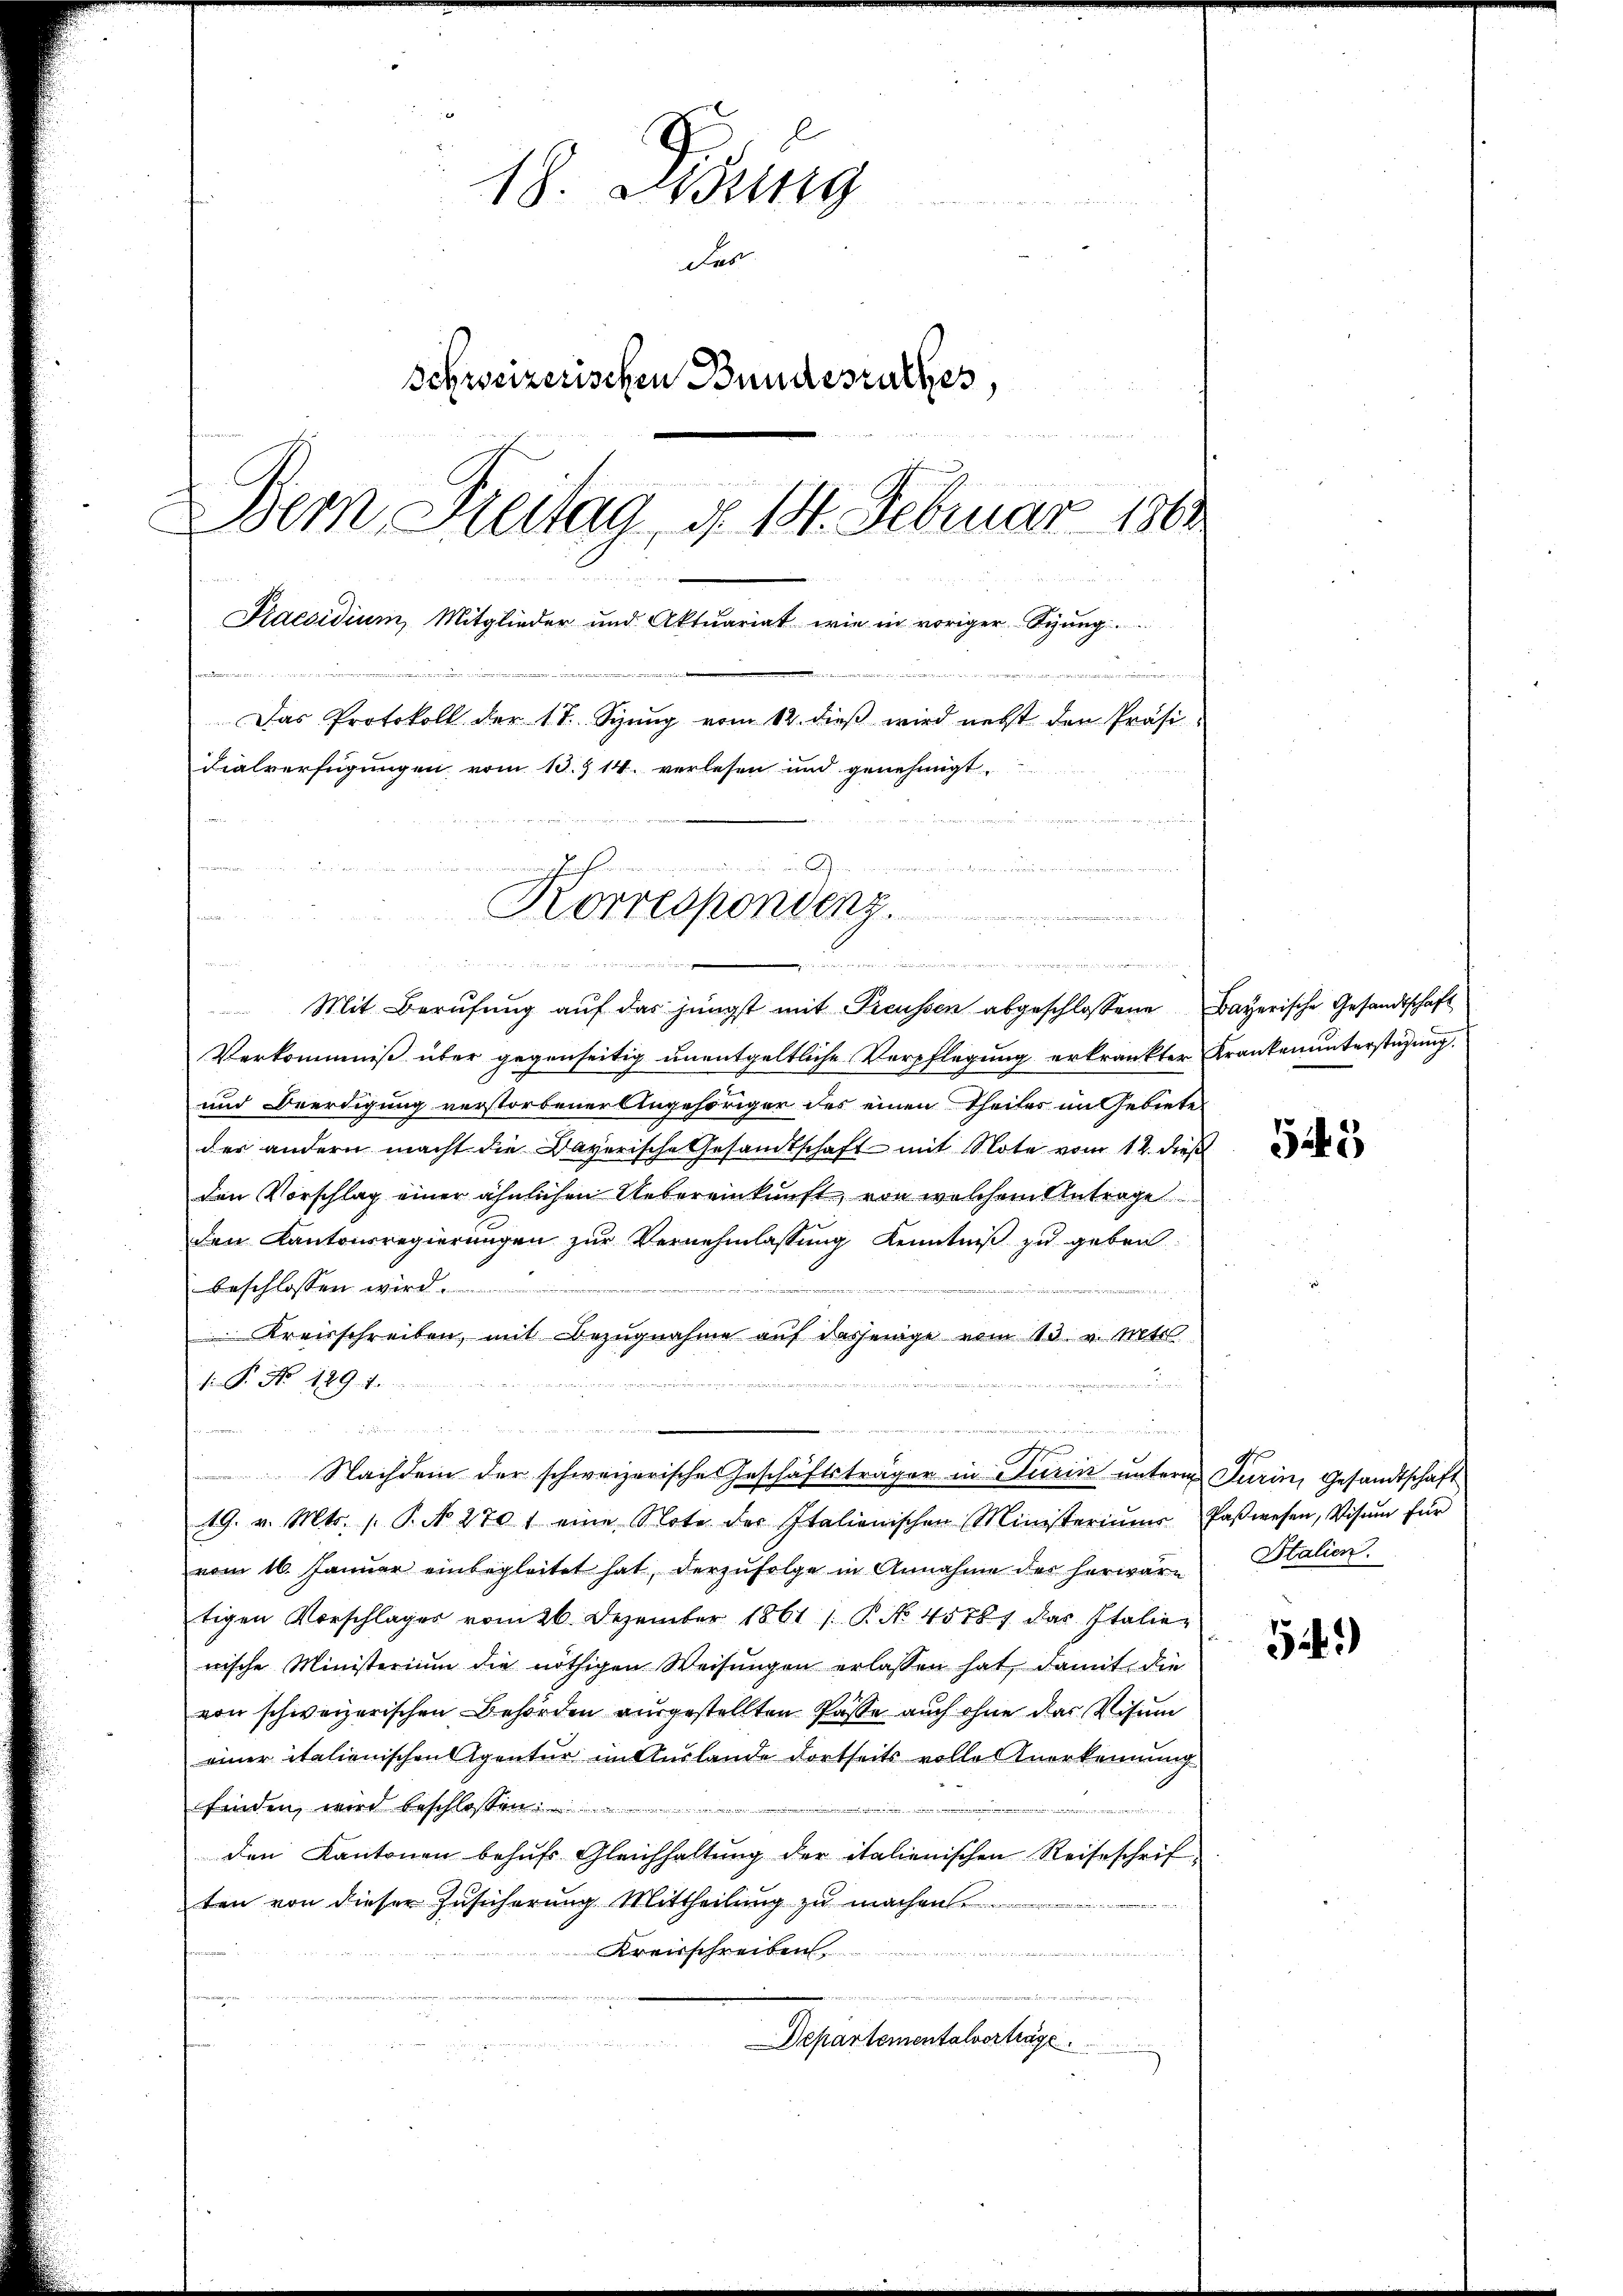
18. Lessing

Fes
Schweizerischen Bundesrathes,
u
Bern Freitag d. 18. Februar 1800
Praesidium, Mitglieder und Aktuariat wie in voriger Sigung.
Buri er der
u
Das Protokoll der 17. Spung vom 12. dieß wird nebst der Präsidialverfügungen vom 13. 714. verlesen und genehmigt.
n

Mit Berufung auf das jüngst mit Freussen abgeschlossene Bayerische Gesandtschaft
Verkommniß über gegenseitig unentgeltliche Verpflegung erkrankter Krankenunterstüzung.
und Beerdigung verstorbener Angehöriger des einen Theiles im Gebiete
der andern macht die Daverische Gesandtschaft mit Note vom 14. dieß
den Vorschlag einer ähnlichen Uebereinkunft, von welchem Antrage
den Kantonsregierungen zur Vernehmlassung Kenntniß zu geben
beschlossen wird.
Kreisschreiben, mit Bezugnahme auf dasjenige vom 13. v. Mts.
d
s P. Nr. 429. 1.
u

Nachdem der schweizerische Geschäftsträger in Turin unterm Turin, Gesandtschaft
19. v. Mts. s. P. N. 270 1 eine Note der Italienischen Ministerium Paβwesen, Visum für
vom 16. Januar einbegleitet hat, derzufolge in Annahme des herware
tigen Vorschlages vom 26. Dezember 1861 /. P. No 45781 das Italien
wische Ministerium die nöthigen Weisŭngen erlassen hat, damit die
von schweizerischen Behörden ausgestellten Pässe auch ohne das Visum
einer italienischen Agentur im Auslande dortseits volle Anerkennung
finden, wird beschlossen
den Kantonen behŭfs Gleichhaltŭng der italienischen Reiseschrif
ten von dieser Zusicherung Mittheilung zu machen.
 Kreisschreiben
Departementalverhäge.

Korrespondenz.

 der ein einem

w   den

543

Italien.

5.)